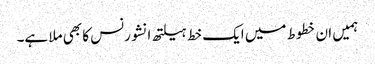
ہمیں ان خطوط میں ایک خط ہیلتھ انشورنس کا بھی ملا ہے۔